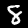
Digit: 8